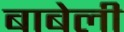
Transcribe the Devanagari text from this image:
बाबेली